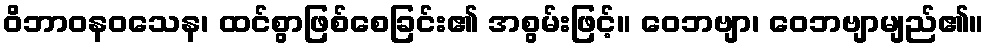
ဝိဘာဝနဝသေန၊ ထင်စွာဖြစ်စေခြင်း၏ အစွမ်းဖြင့်။ ဝေဘဗျာ၊ ဝေဘဗျာမျည်၏။